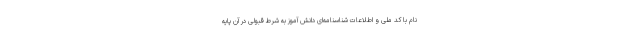
نام با کد ملی و اطلاعات شناسنامه‌ای دانش آموز به شرط قبولی در آن پایه